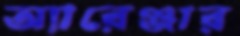
অ্যারেঞ্জার